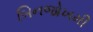
બિનજોખમી